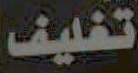
تغليف